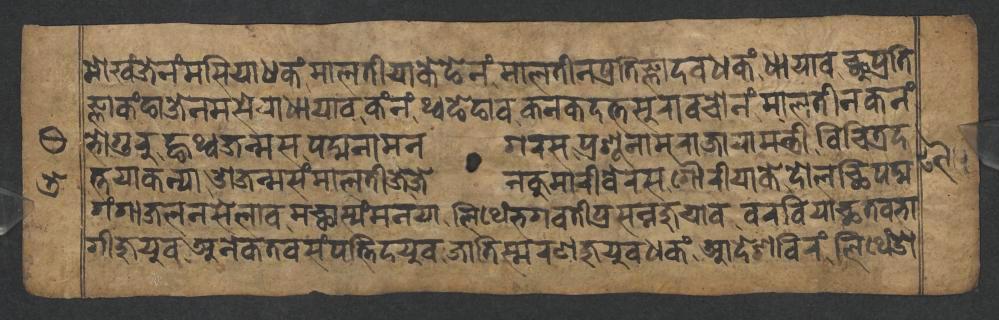
𑐩𑑀𑐏𑑄𑐖𑐾𑐣𑑄𑐩𑐳𑐶𑐫𑐵𑐢𑐎𑑄𑐩𑐵𑐮𑐟𑐷𑐫𑐵𑐎𑐾𑐒𑐾𑐣𑑄𑐩𑐵𑐮𑐟𑐷𑐣𑐥𑑂𑐬𑐟𑐶𑐖𑑂𑐘𑐵𑐡𑐰𑐢𑐎𑑄𑐢𑐵𑐫𑐵𑐰𑐕𑐸𑐥𑑂𑐬𑐟𑐶 𑐖𑑂𑐘𑐵𑐎𑑄𑐒𑐵𑐖𑐾𑐣𑐩𑐳𑐾𑐫𑐵𑐢𑐵𑐫𑐵𑐰𑐎𑑄𑐣𑑄𑐠𑑂𑐰𑐒𑐾𑐒𑐵𑐰𑐎𑐣𑐎𑐡𑐟𑑂𑐟𑐳𑐸𑐬𑐵𑐰𑐔𑑀𑐣𑑄𑐩𑐵𑐮𑐟𑐷𑐣𑐎𑐣𑑄 𑐨𑑀𑐐𑐸𑐬𑐸𑐒𑑂𑐴𑐠𑑂𑐰𑐖𑐣𑑂𑐩𑐳𑐥𑐡𑑂𑐩𑐣𑐵𑐩𑐣𑐐𑐬𑐳𑐥𑑂𑐬𑐱𑐹𑐣𑐵𑐩𑐬𑐵𑐖𑐵𑐫𑐵𑐩𑐣𑑂𑐟𑑂𑐬𑐷𑐰𑐶𑐔𑐶𑐟𑑂𑐬𑐡 𑐟𑑂𑐟𑐫𑐵𑐎𑐣𑑂𑐫𑐵𑐌𑐖𑐣𑑂𑐩𑐳𑑄𑐩𑐵𑐮𑐟𑐷𑐖𑐾𑐖𑐾𑐣𑐎𑐸𑐩𑐵𑐬𑐷𑐧𑐾𑐬𑐳𑐐𑑁𑐬𑐷𑐫𑐵𑐎𑐾𑐡𑑀𑐮𑐕𑐶𑐥𑐡𑑂𑐩 𑐐𑑄𑐐𑐵𑐖𑐮𑐣𑐳𑐾𑐮𑐵𑐰𑐩𑐕𑐵𑐳𑑂𑐫𑑄𑐩𑐣𑐫𑐵𑐮𑐶𑐠𑐾𑑄𑐨𑐐𑐰𑐟𑐷𑐥𑑂𑐬𑐳𑐣𑑂𑐣𑐖𑐸𑐫𑐵𑐰𑐰𑐬𑐧𑐶𑐫𑐵𑐕𑐟𑐰𑐨𑐵 𑐐𑐷𑐖𑐸𑐫𑐸𑐰𑐀𑐣𑐾𑐎𑐟𑐰𑐳𑑄𑐥𑐟𑑂𑐟𑐶𑐡𑐫𑐸𑐰𑐖𑐵𑐟𑐶𑐳𑑂𑐩𑐬𑐞𑐖𑐸𑐫𑐸𑐰𑐢𑐎𑑄𑐁𑐡𑐾𑐱𑐧𑐶𑐬𑑄𑐮𑐶𑐠𑐾𑑄𑐌